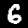
Label: 6